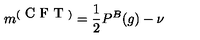
m ^ { ( \textrm { C F T } ) } = \frac { 1 } { 2 } P ^ { B } ( g ) - \nu